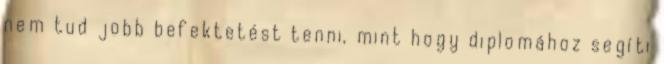
nem tud jobb befektetést tenni, mint hogy diplomához segíti